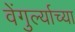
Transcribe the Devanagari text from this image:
वेंगुर्ल्याच्या